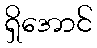
ရှိအောင်